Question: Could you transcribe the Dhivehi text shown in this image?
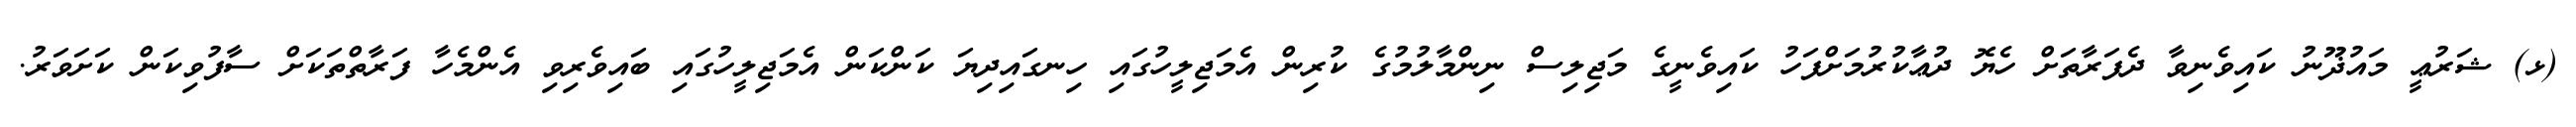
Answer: (ޅ) ޝަރުޢީ މައުޛޫނު ކައިވެނިވާ ދެފަރާތަށް ހެޔޮ ދުޢާކުރުމަށްފަހު ކައިވެނީގެ މަޖިލިސް ނިންމާލުމުގެ ކުރިން އެމަޖިލީހުގައި ހިނގައިދިޔަ ކަންކަން އެމަޖިލީހުގައި ބައިވެރިވި އެންމެހާ ފަރާތްތަކަށް ސާފުވިކަން ކަށަވަރު.